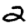
Digit: 2